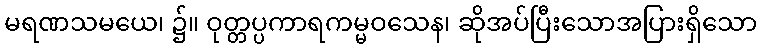
မရဏသမယေ၊ ၌။ ဝုတ္တပ္ပကာရကမ္မဝသေန၊ ဆိုအပ်ပြီးသောအပြားရှိသော